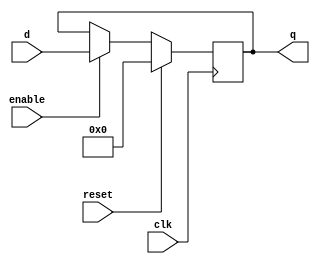
module register (
    input wire clk,        // Clock input
    input wire reset,      // Synchronous reset input
    input wire enable,     // Enable signal
    input wire [3:0] d,    // 4-bit data input
    output reg [3:0] q     // 4-bit data output (register value)
);

// Behavioral modeling block sensitive to positive edge of clk
always @(posedge clk) begin
    if (reset) begin
        // Synchronous reset: set output to 0
        q <= 4'b0000;
    end else if (enable) begin
        // Update the output with the input data when enabled
        q <= d;
    end
    // If not reset or enabled, q retains its value (no assignment)
end

endmodule